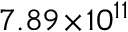
7 . 8 9 \! \times \! 1 0 ^ { 1 1 }